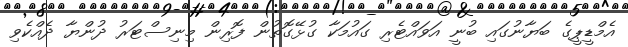
އެމްޑީޕީގެ ބަޔާނުގައި ބުނީ އަވައްޓެރި ގައުމަކާ ގުޅޭގޮތުން ފޮރިން މިނިސްޓަރު ދުންޔާ ދެއްކެވި